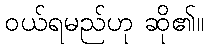
ဝယ်ရမည်ဟု ဆို၏။